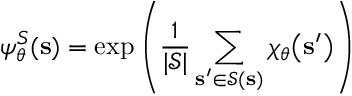
\psi _ { \boldsymbol \theta } ^ { S } ( \mathbf { s } ) = \exp \left( \frac { 1 } { | \mathcal { S } | } \sum _ { \mathbf { s ^ { \prime } } \in \mathcal { S } ( \mathbf { s } ) } \chi _ { \boldsymbol \theta } \big ( \mathbf { s ^ { \prime } } \big ) \right)